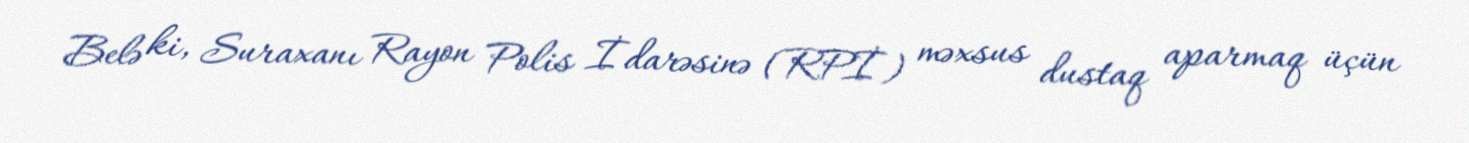
Belə ki, Suraxanı Rayon Polis İdarəsinə (RPİ) məxsus dustaq aparmaq üçün